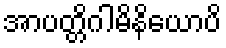
အာပတ္တိဂါမိနိယောပိ